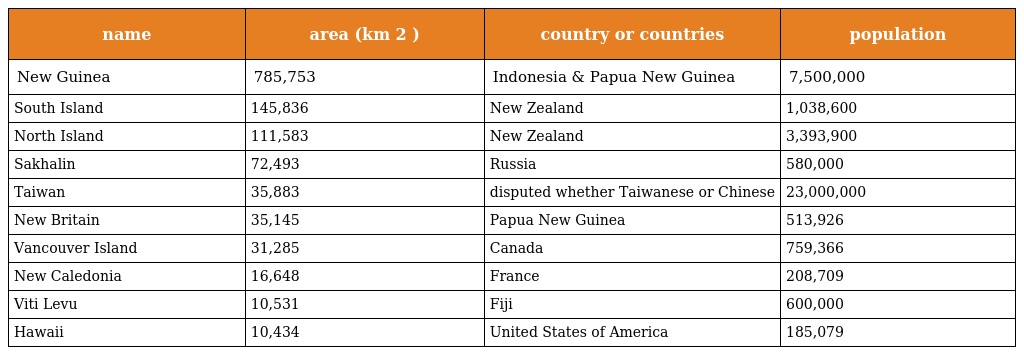
| name | area (km 2 ) | country or countries | population |
 | --- | --- | --- | --- |
 | New Guinea | 785,753 | Indonesia & Papua New Guinea | 7,500,000 |
 | South Island | 145,836 | New Zealand | 1,038,600 |
 | North Island | 111,583 | New Zealand | 3,393,900 |
 | Sakhalin | 72,493 | Russia | 580,000 |
 | Taiwan | 35,883 | disputed whether Taiwanese or Chinese | 23,000,000 |
 | New Britain | 35,145 | Papua New Guinea | 513,926 |
 | Vancouver Island | 31,285 | Canada | 759,366 |
 | New Caledonia | 16,648 | France | 208,709 |
 | Viti Levu | 10,531 | Fiji | 600,000 |
 | Hawaii | 10,434 | United States of America | 185,079 |